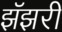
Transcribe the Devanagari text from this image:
झॅझरी